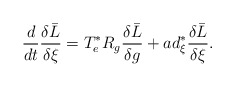
\begin{align*}\frac{d}{dt}\frac{\delta \bar{L}}{\delta \xi }=T_{e}^{\ast }R_{g}\frac{\delta \bar{L}}{\delta g}+ad_{\xi }^{\ast }\frac{\delta \bar{L}}{\delta \xi }. \end{align*}